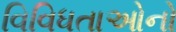
વિવિધતાઓનો